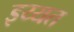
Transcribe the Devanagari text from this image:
इय्यत